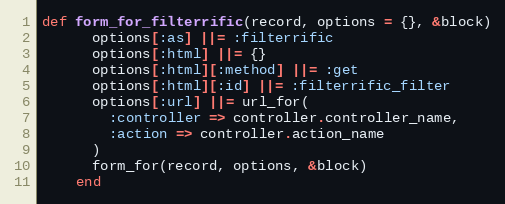
Language: Ruby
def form_for_filterrific(record, options = {}, &block)
      options[:as] ||= :filterrific
      options[:html] ||= {}
      options[:html][:method] ||= :get
      options[:html][:id] ||= :filterrific_filter
      options[:url] ||= url_for(
        :controller => controller.controller_name,
        :action => controller.action_name
      )
      form_for(record, options, &block)
    end